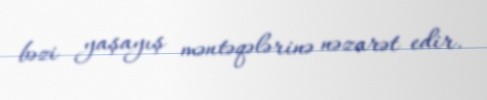
bəzi yaşayış məntəqələrinə nəzarət edir.